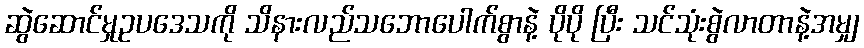
ဆွဲဆောင်မှုဥပဒေသကို သိနားလည်သဘောပေါက်စွာနဲ့ ပိုပို ပြီး သင်သုံးစွဲလာတာနဲ့အမျှ